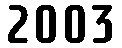
2003